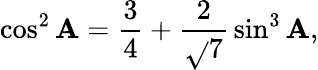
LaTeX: \cos^{2}\mathbf{A}={\frac{{3}}{{4}}}+{\frac{{2}}{{\sqrt{}{{7}}}}}\sin^{3}\mathbf{A},